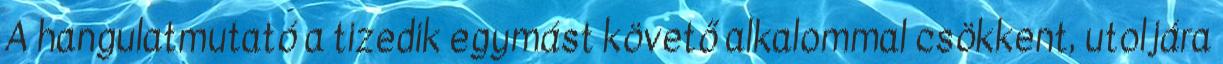
A hangulatmutató a tizedik egymást követő alkalommal csökkent, utoljára